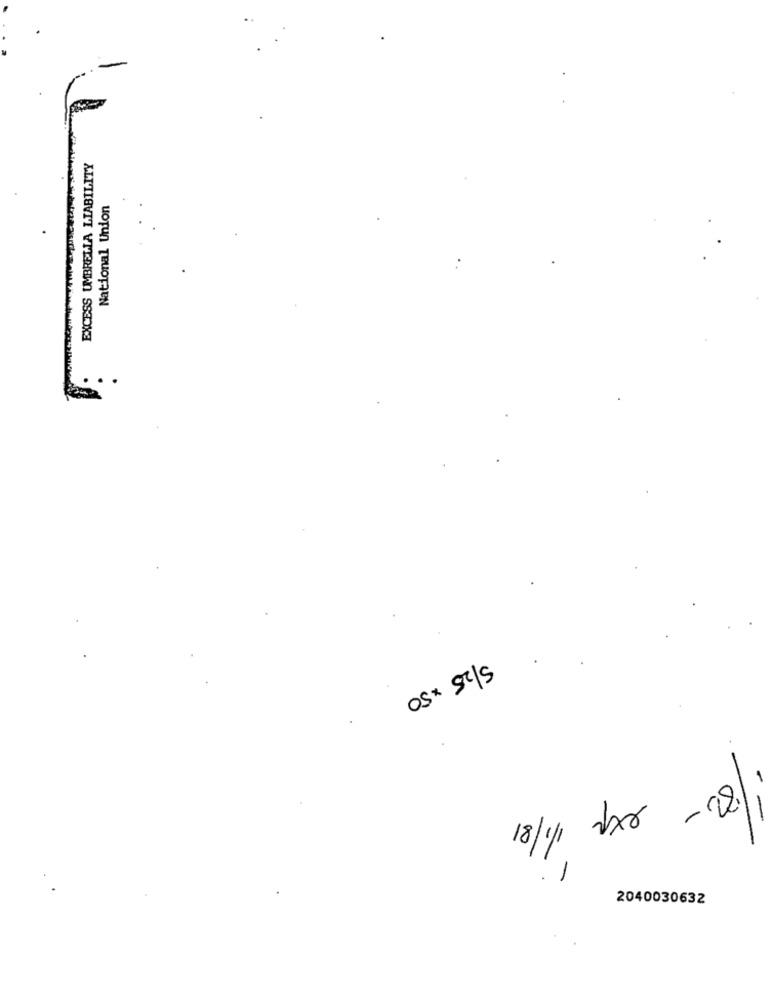
EXCESS UMBRELLA LIABILITY
National Union
82.
X
- -
. 1
2040030632